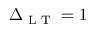
\Delta _ { \textup { L T } } = 1